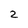
Character: 2